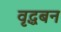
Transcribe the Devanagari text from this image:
वृद्धबन